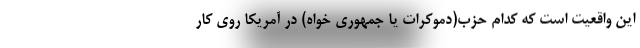
این واقعیت است که کدام حزب(دموکرات یا جمهوری خواه) در آمریکا روی کار